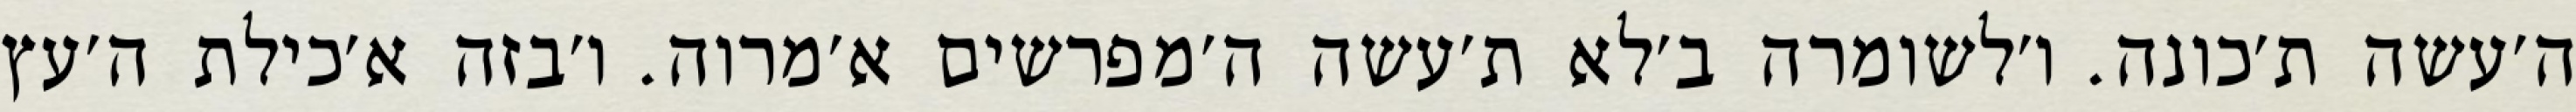
ה׳עשה ת׳כונה. ו׳לשומרה ב׳לא ת׳עשה ה׳מפרשים א׳מרוה. ו׳בזה א׳כילת ה׳עץ